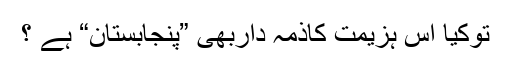
توکیا اِس ہزیمت کاذمہ داربھی ”پنجابستان“ ہے ؟